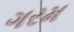
ગરમ